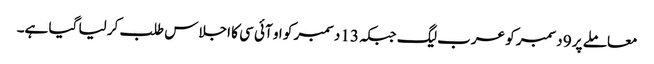
معاملے پر 9 دسمبر کو عرب لیگ جبکہ 13 دسمبر کو او آئی سی کا اجلاس طلب کر لیا گیا ہے۔